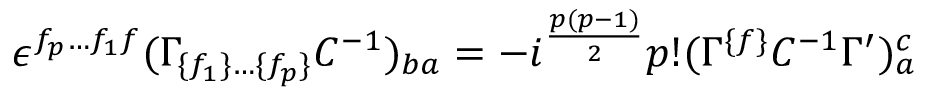
\epsilon ^ { f _ { p } \ldots f _ { 1 } f } ( \Gamma _ { \{ f _ { 1 } \} \ldots \{ f _ { p } \} } C ^ { - { 1 } } ) _ { { b a } } = - i ^ { { { \frac { p ( p - 1 ) } { 2 } } } } p ! ( \Gamma ^ { \{ f \} } C ^ { - { 1 } } \Gamma ^ { \prime } ) _ { a } ^ { c }